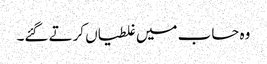
وہ حساب میں غلطیاں کرتے گئے۔